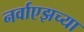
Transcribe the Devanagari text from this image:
नर्वाएझच्या